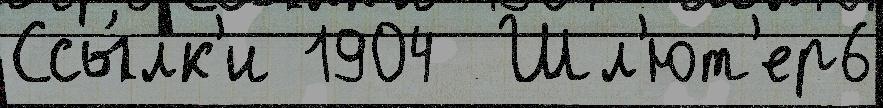
Ссы́лк'и 1904  Шл'ют'ер6